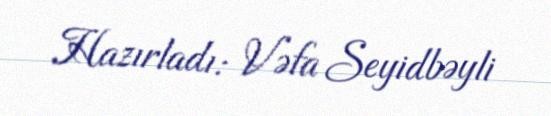
Hazırladı: Vəfa Seyidbəyli